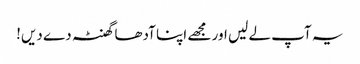
یہ آپ لے لیں اور مجھے اپنا آدھا گھنٹہ دے دیں!